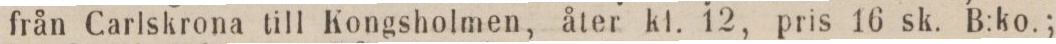
från Carlskrona till Kongsholmen, åter kl. 12, pris 16 sk. B:ko.;